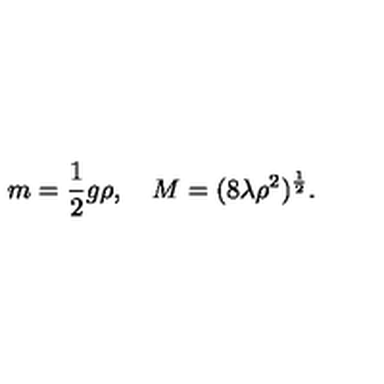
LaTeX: m = \frac 1 2 g \rho , \quad M = ( 8 \lambda \rho ^ { 2 } ) ^ { \frac 1 2 } .